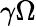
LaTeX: \gamma\Omega